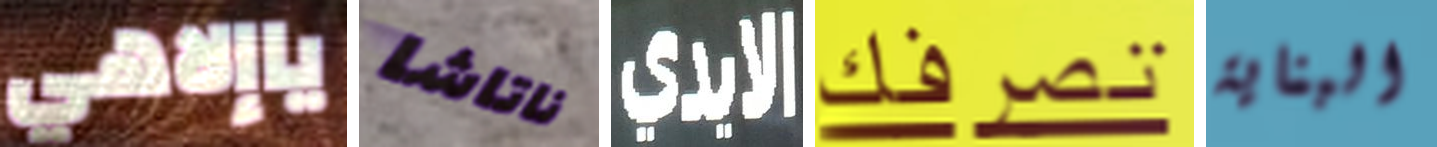
ياإلاهي ناتاشا الايدي تصرفك البناية